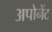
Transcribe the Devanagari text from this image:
अपोनेंट